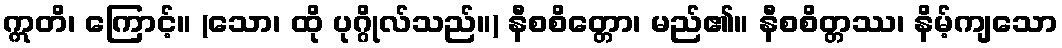
ဣတိ၊ ကြောင့်။ (သော၊ ထို ပုဂ္ဂိုလ်သည်။) နီစစိတ္တော၊ မည်၏။ နီစစိတ္တဿ၊ နိမ့်ကျသော